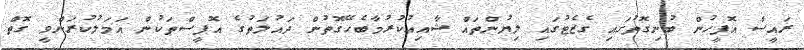
ރައީސް އޮފީހުން ބުނިގޮތުގައި ގެޒެޓުގައި ލިޔުންތައް ޝާއިޢުކުރުމާބެހޭގޮތުން ދައުލަތުގެ އޮފީސްތަކުން އަމަލުކުރަންވީ ގޮތް